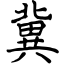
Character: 冀